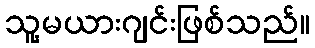
သူ့မယားဂျင်းဖြစ်သည်။